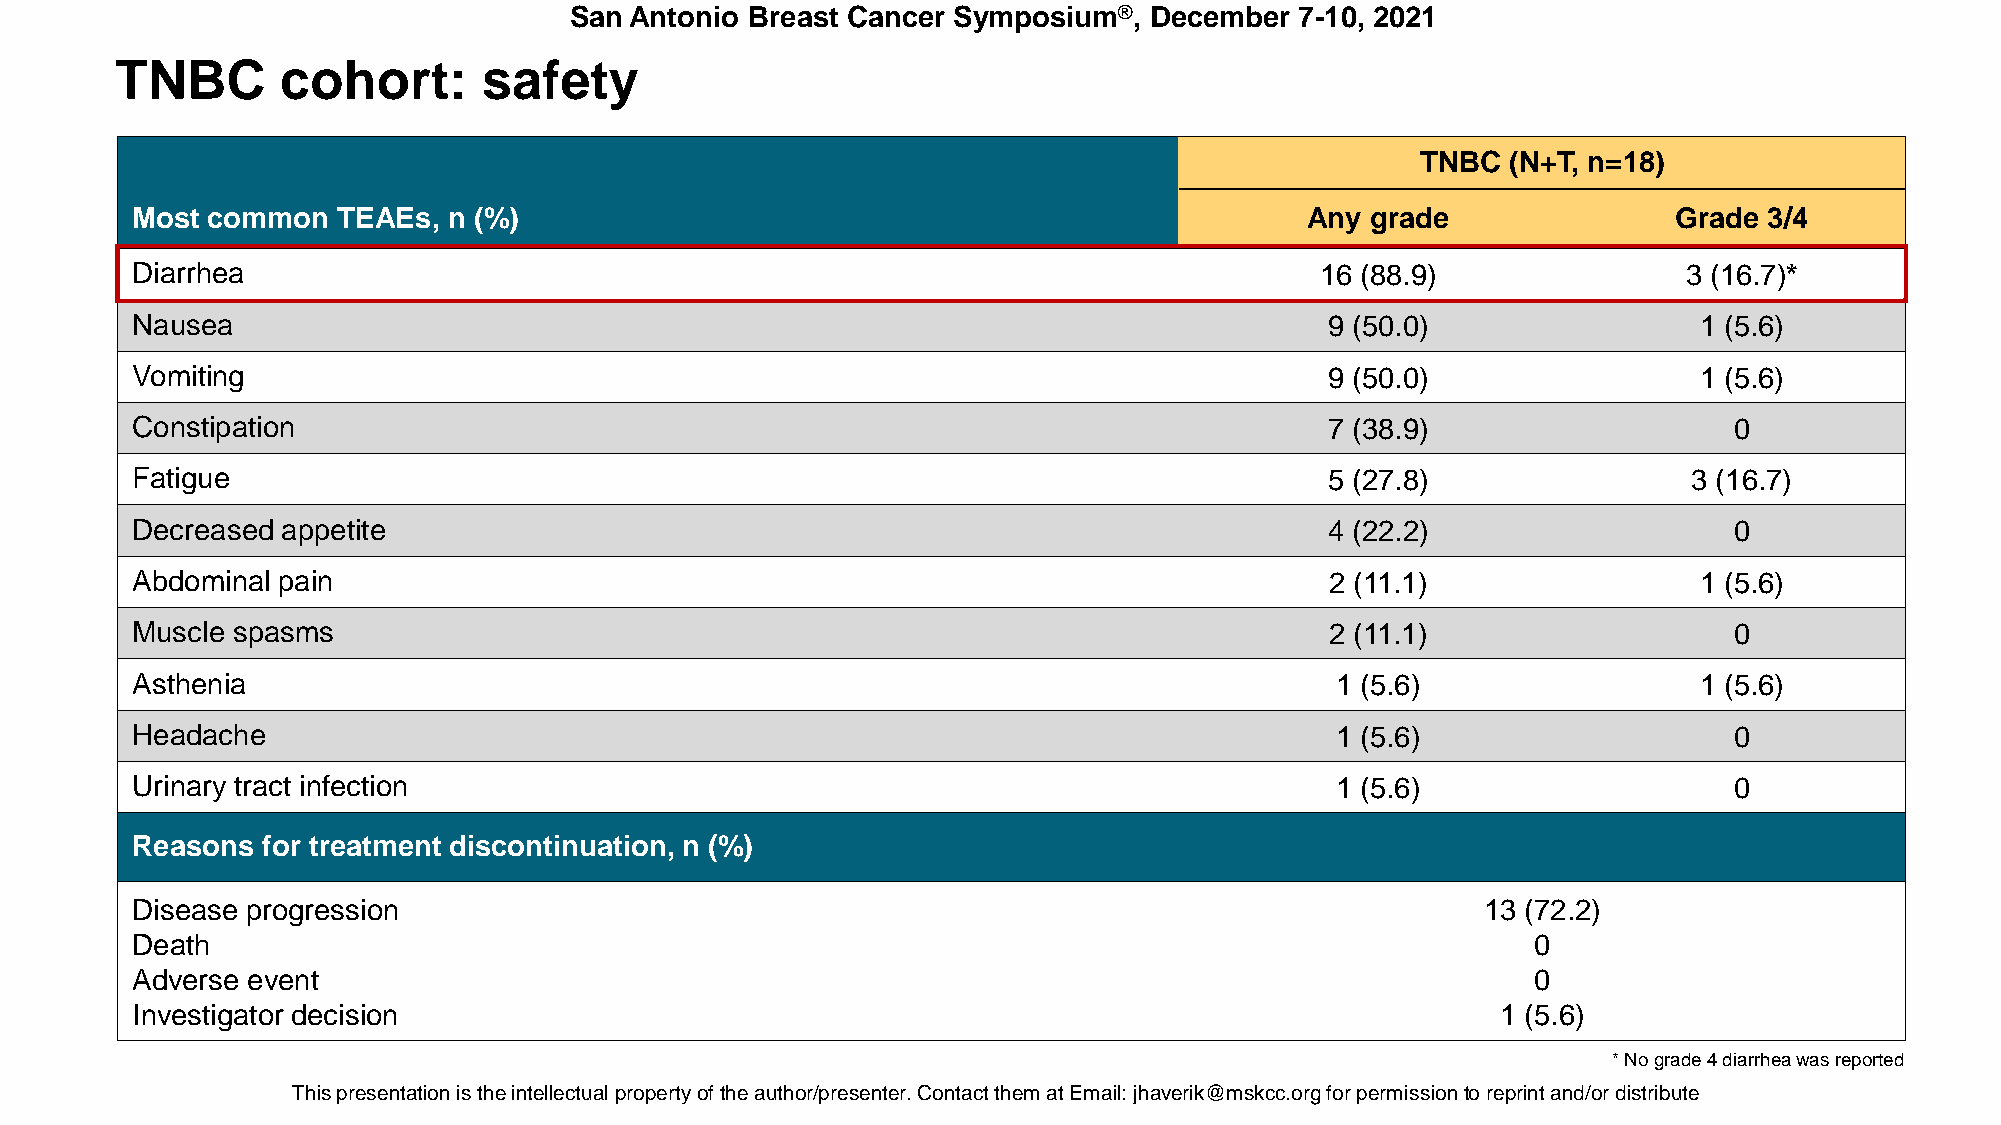
San Antonio Breast Cancer Symposium®, December  7-10, 2021
 TNBC       cohort:      safety
 TNBC  (N+T, n=18)
 Most common  TEAEs,  n (%)                                                   Any  grade               Grade 3/4
 Diarrhea                                                                      16 (88.9)                3 (16.7)*
 Nausea                                                                         9 (50.0)                1 (5.6)
 Vomiting                                                                       9 (50.0)                1 (5.6)
 Constipation                                                                   7 (38.9)                   0
 Fatigue                                                                        5 (27.8)                3 (16.7)
 Decreased appetite                                                             4 (22.2)                   0
 Abdominal pain                                                                 2 (11.1)                1 (5.6)
 Muscle spasms                                                                  2 (11.1)                   0
 Asthenia                                                                       1 (5.6)                 1 (5.6)
 Headache                                                                       1 (5.6)                    0
 Urinary tract infection                                                        1 (5.6)                    0
 Reasons for treatment discontinuation, n (%)
 Disease progression                                                                      13 (72.2)
 Death                                                                                        0
 Adverse event                                                                                0
 Investigator decision                                                                     1 (5.6)
 * No grade 4 diarrhea was reported
 This presentaTthioisn p irse stehnet aintiotenl liesc tthuea iln pterlolepceturtayl porfo ptheert ya ouft hthoer /apurtehsoer/nptreers.e Cntoenr.t aCcotn ttahcetm th eamt aXtX EXmXXaiXl: XjhXaXvXeXriXk@XXm@skXcXcX.oXrXgX foXr. EpDerUmifsosri opnetrom reispsriionnt atnod r/oerp driinsttr iabuntde/or distribute.